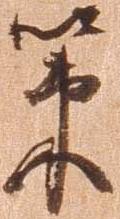
策